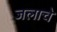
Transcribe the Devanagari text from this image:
जलाचे